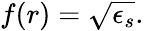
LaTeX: f(r)=\sqrt{\epsilon_{s}}.